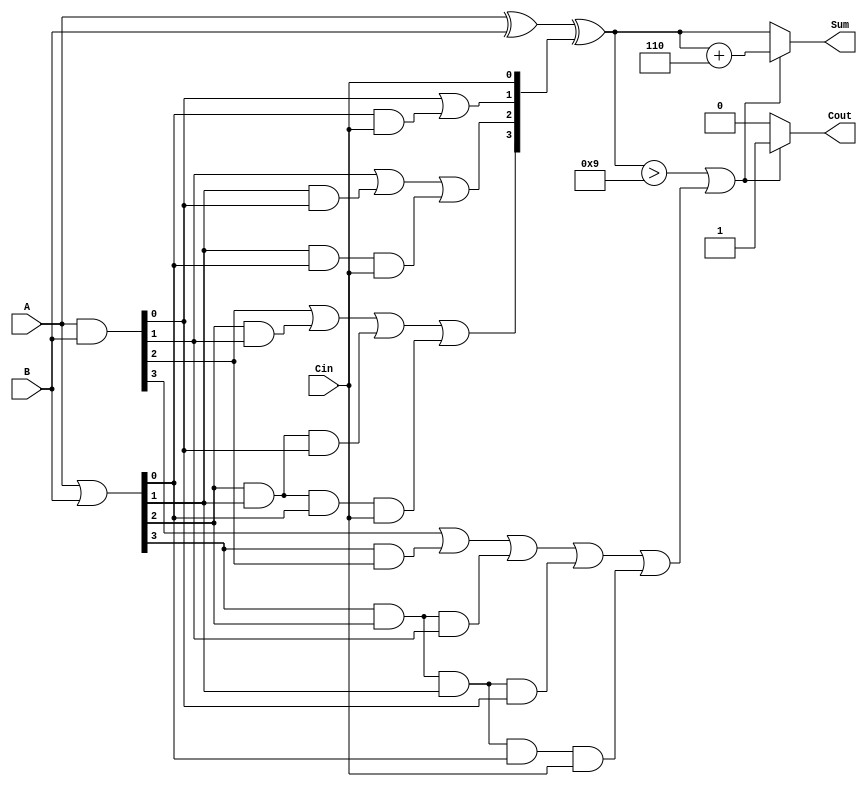
module BCD_Carry_Lookahead_Adder (
    input  [3:0] A,      // First BCD digit
    input  [3:0] B,      // Second BCD digit
    input        Cin,     // Carry input
    output reg [3:0] Sum, // BCD sum output
    output reg Cout       // Carry output
);

    // Internal signals for generate and propagate
    wire [3:0] G; // Generate signals
    wire [3:0] P; // Propagate signals
    wire [4:0] C; // Carry signals

    // Generate and propagate calculations
    assign G = A & B;          // G[i] = A[i] AND B[i]
    assign P = A | B;          // P[i] = A[i] OR B[i]

    // Carry signal calculations
    assign C[0] = Cin;         // C[0] = Cin
    assign C[1] = G[0] | (P[0] & C[0]);
    assign C[2] = G[1] | (P[1] & G[0]) | (P[1] & P[0] & C[0]);
    assign C[3] = G[2] | (P[2] & G[1]) | (P[2] & P[1] & G[0]) | (P[2] & P[1] & P[0] & C[0]);
    assign C[4] = G[3] | (P[3] & G[2]) | (P[3] & P[2] & G[1]) | (P[3] & P[2] & P[1] & G[0]) | (P[3] & P[2] & P[1] & P[0] & C[0]);

    // Raw sum calculation
    wire [3:0] raw_sum;
    assign raw_sum = A ^ B ^ C[3:0]; // Sum[i] = A[i] XOR B[i] XOR C[i]

    // BCD correction logic
    always @(*) begin
        if (raw_sum > 4'd9 || C[4]) begin
            Sum = raw_sum + 4'd6; // Apply BCD correction
            Cout = 1'b1;          // Set carry out
        end else begin
            Sum = raw_sum;        // No correction needed
            Cout = 1'b0;          // No carry out
        end
    end

endmodule